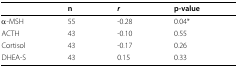
|  | n | r | p-value |
 | --- | --- | --- | --- |
 | α-MSH | 55 | -0.28 | 0.04* |
 | ACTH | 43 | -0.10 | 0.55 |
 | Cortisol | 43 | -0.17 | 0.26 |
 | DHEA-S | 43 | 0.15 | 0.33 |